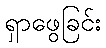
ရှာဖွေခြင်း